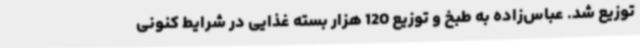
توزیع شد. عباس‌زاده به طبخ و توزیع 120 هزار بسته غذایی در شرایط کنونی